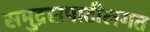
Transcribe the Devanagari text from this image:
समुद्रसपाटीलगत